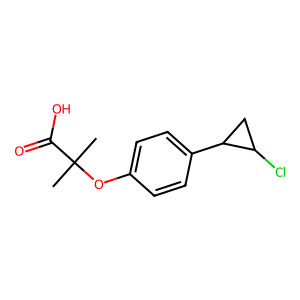
SMILES: CC(C)(Oc1ccc(C2CC2Cl)cc1)C(=O)O
Inhibits HIV replication: No